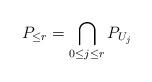
LaTeX: \begin{align*}P_{\le r}=\bigcap_{0\leq j\leq r} P_{U_j}\end{align*}